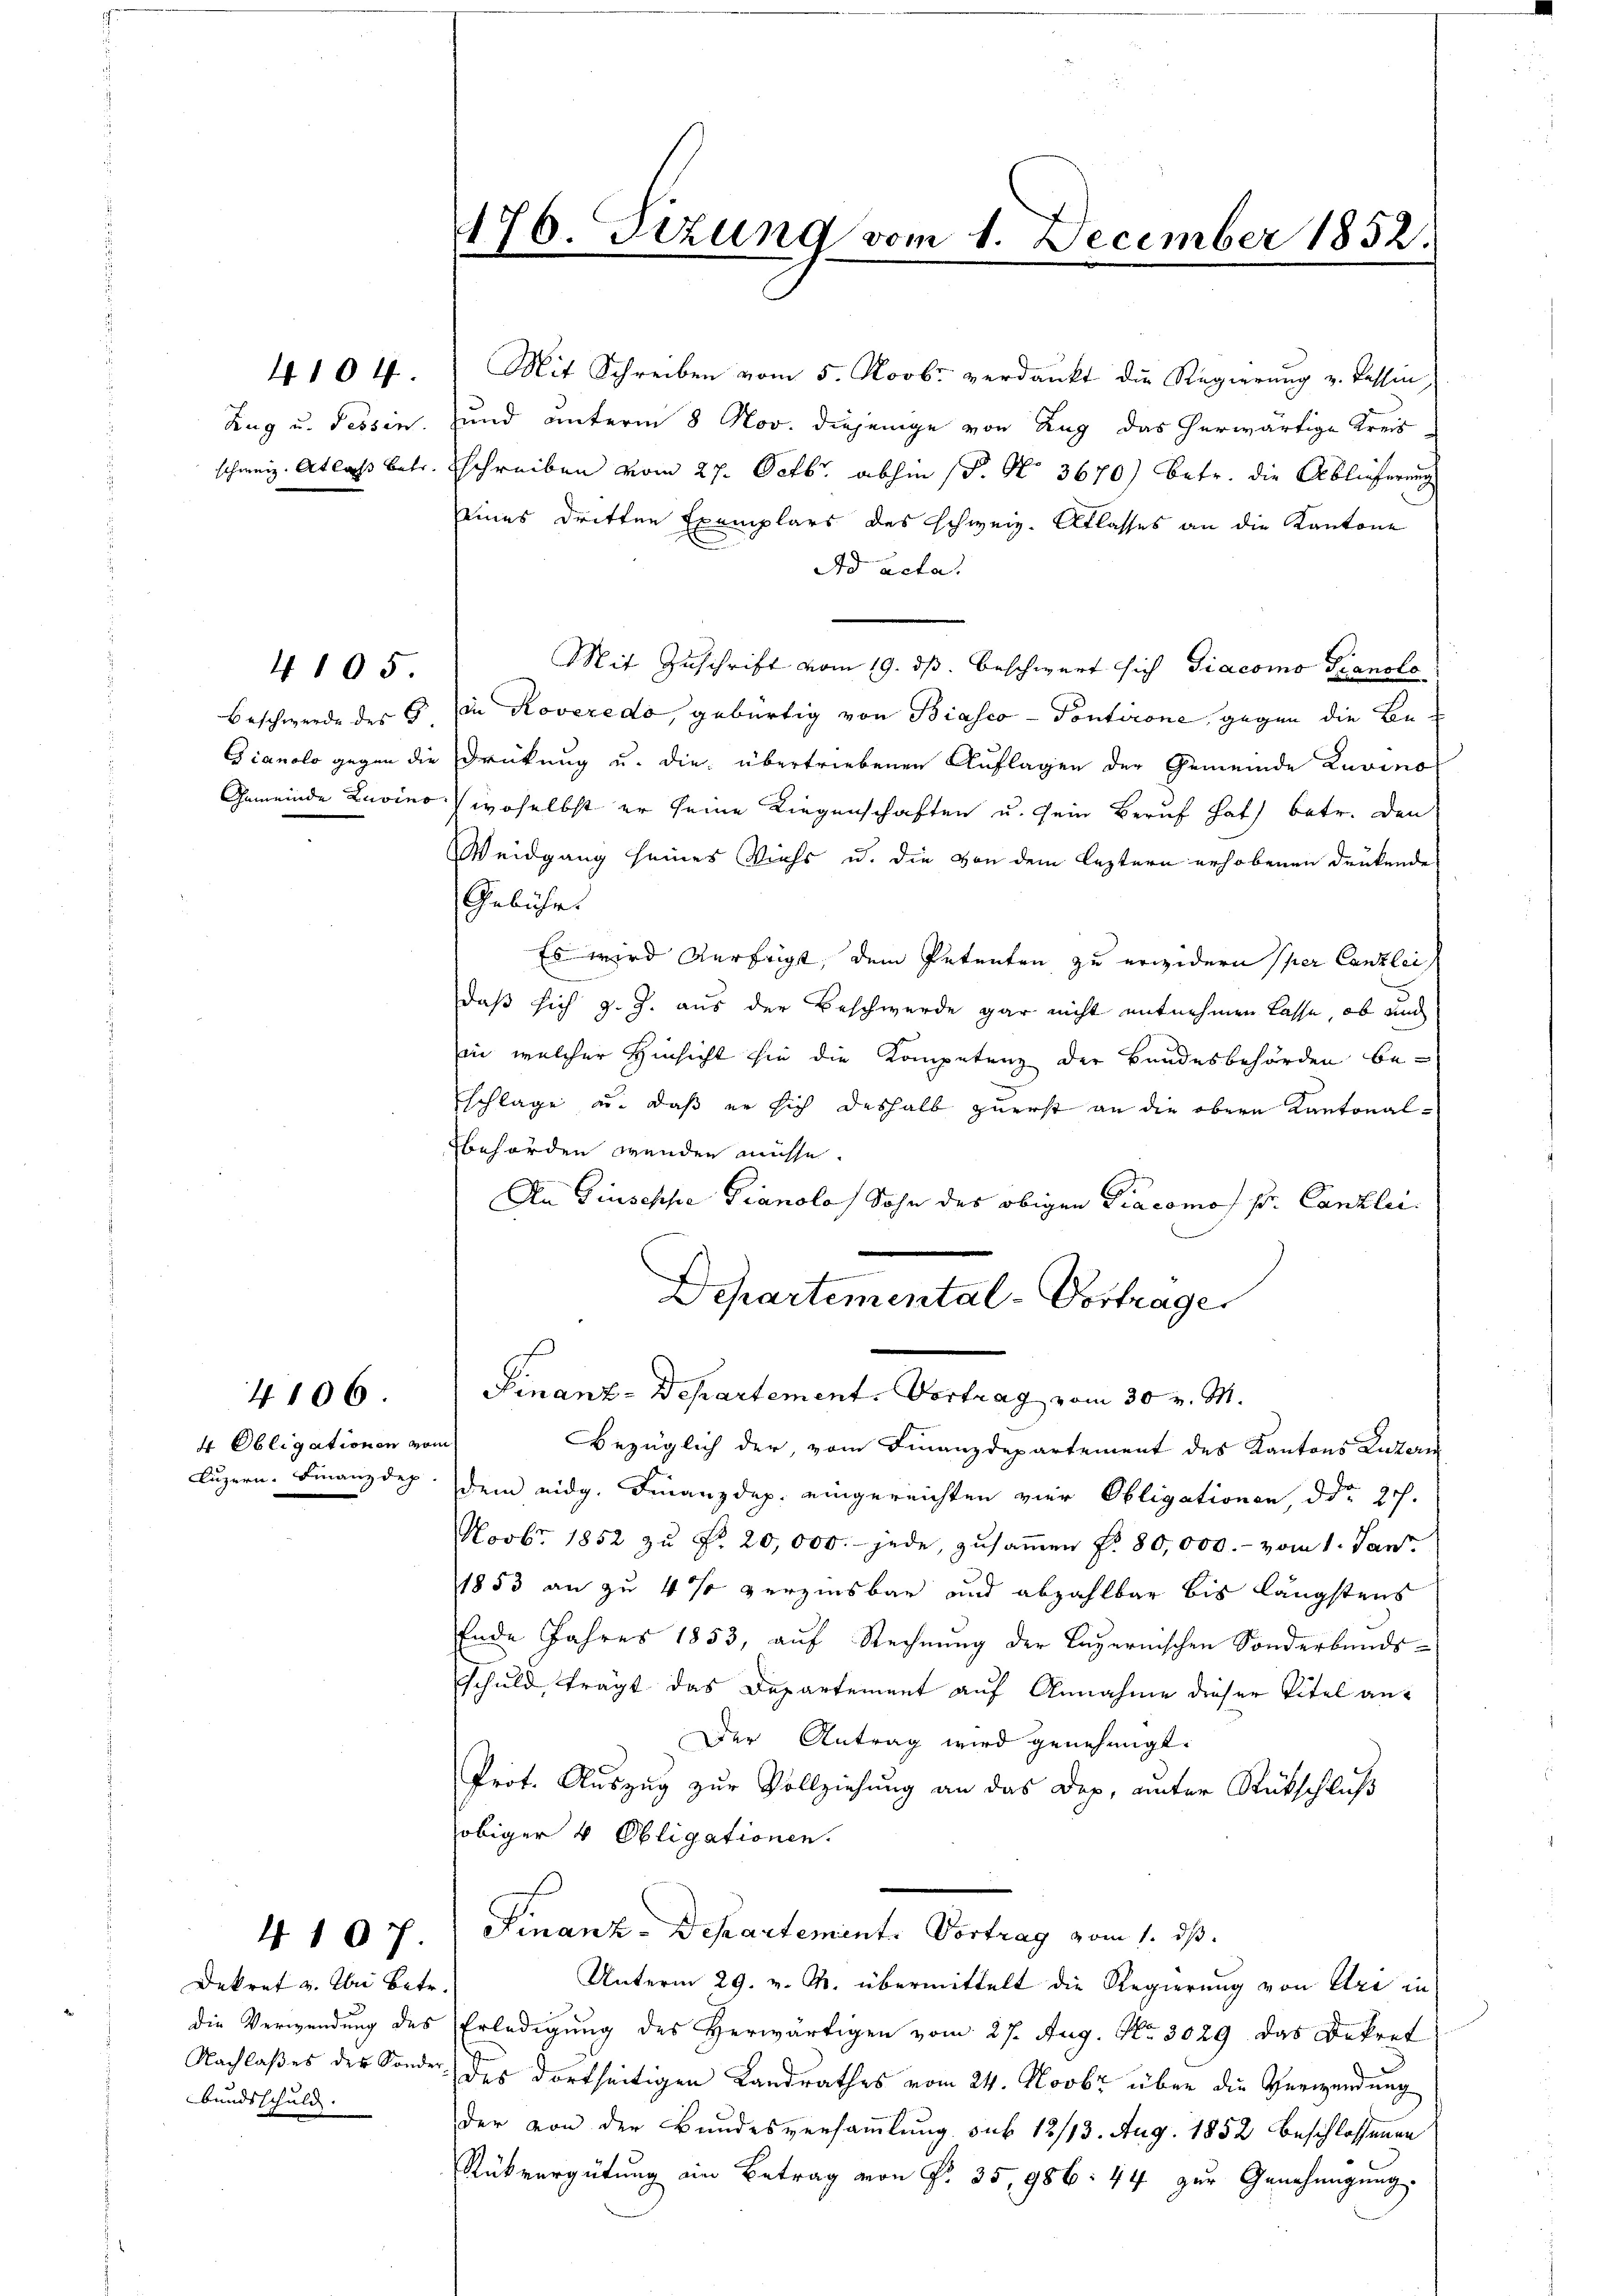
Zug u. dessen.
schweiz. Atlas betr.

4104.

Beschwerde des E

4105

4 Obligationen vor
Luzern. Finanzdep

4106.

Dekret u. bei betr.
die Verwendung des
Nachlaßes der Sonder
Bundsschuld.

4107.

176. Fizung vom 1. December 1852.

Mit Schreiben vom 5. Novbr. verdankt die Regierung u. Tessin,
und unterm 8 Nov. diejenige von Zug das herwärtige Kreis
schreiben vom 27. Octbr. abhin (P. N. 3670) betr. die Ablieferung
seines dritten Exemplars des schweiz. Atlasses an die Kantone
Ad acta.
Mit Zuschrift vom 19. ds. beschwert sich Diacomo Pianolo
in Roveredo, gebürtig von Biasco - Pontirone, gegen die Be¬
Gianolo gegen die Drückung u. die übertriebenen Auflagen der Gemeinde Zuvino
Gemeinde Lavino, woselbst er seine Liegenschaften u. sein Beruf hat) betr. den
Weidgang seines Viehs u. die von dem leztern erhobenen drükende
Gebühr.
Es wird verfügt, dem Petenten zu erwidern sper Canzlei
daß sich g. J. aus der Beschwerde gar nicht mitnehmen lasse, ob auch
in welcher Hinsicht sie die Kompetenz der Bundesbehörden be-
schlage u. daß er sich deshalb zuerst an die obern Kantonalbehörden wenden müsse.
An Giuseppe Pianola Sohn des obigen Diacomo pr. Canzlei.
2
Departemental-Vortrager
Finanz-Departement. Vortrag vom 30 v. M.
d
Bezüglich der, vom Finanzdepartement des Kantons Luzern
dem eidg. Finanzdep. eingereichten vier Obligationen, ddo 20.
Novbr. 1852 zŭ Fr. 20,000.- jede, zŭsaṁen Fr. 80,000.- vom 1. Jan
1853 an zu 4% verzinsbar und abzahlbar bis längstens
Ende Jahres 1853, auf Rechnung der Bayernischen Sonderbunds-
Schuld, trägt das Departement auf Annahme dieser Titel an¬
Der Antrag wird genehmigt.
Prot. Auszug zur Vollziehung an das Dep, unter Rückschluß
obiger 4 Obligationen.
Finanz-Departement. Vortrag vom 1. ds.
Unterm 29. v. M. übermittelt die Regierung von Uri in
Erledigung des Herwärtigen vom 27. Aug. No. 3029 das Dekret
des dortseitigen Landrathes vom 24. Novbr über die Verwendung
der von der Bundesversammlung sub 12/13. Aug. 1852 beschlossenen
Rückvergütung an Betrag von P. 35, 986. 44 zur Genehmigung.